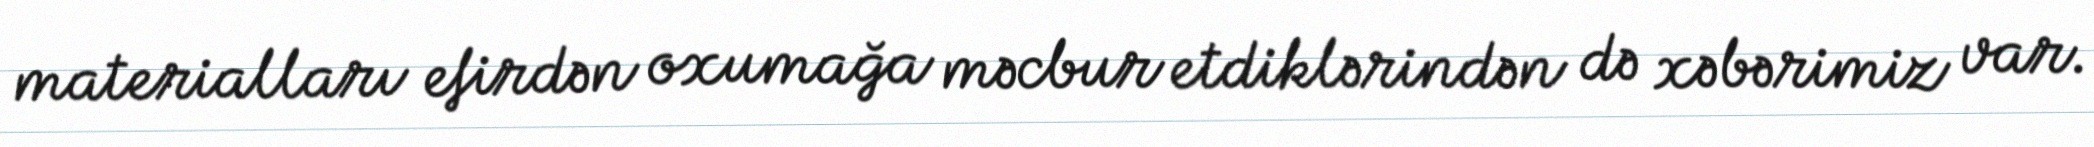
materialları efirdən oxumağa məcbur etdiklərindən də xəbərimiz var.